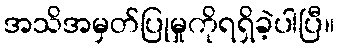
အသိအမှတ်ပြုမှုကိုရရှိခဲ့ပါပြီ။